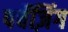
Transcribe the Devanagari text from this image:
पर्चेज़िंग